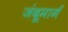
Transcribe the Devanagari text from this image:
जंबूमार्ग